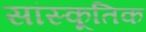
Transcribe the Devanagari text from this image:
सांस्कूतिक